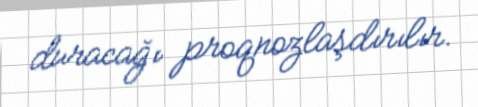
duracağı proqnozlaşdırılır.